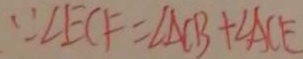
\because \angle E C F = \angle A C B + \angle A C E